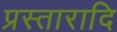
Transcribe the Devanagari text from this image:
प्रस्तारादि